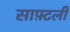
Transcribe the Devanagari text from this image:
साफ़्टली